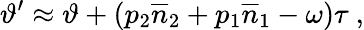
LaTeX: \vartheta^{\prime}\approx\vartheta+\left(p_{2}\overline{{n}}_{2}+p_{1}\overline{{n}}_{1}-\omega\right)\tau\ ,